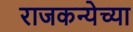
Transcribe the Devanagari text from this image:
राजकन्येच्या